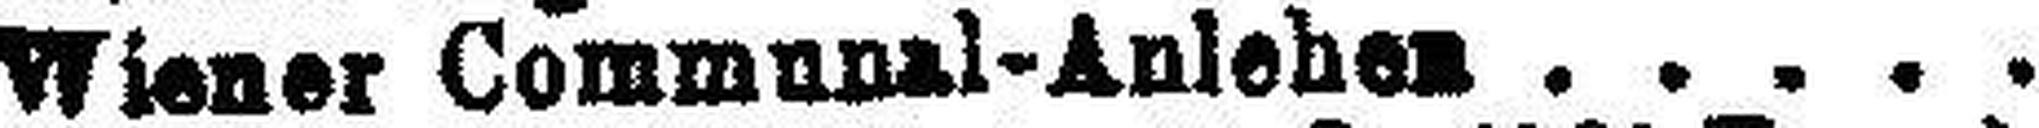
Wiener Communal-Anlehen